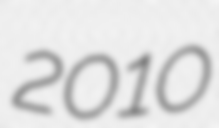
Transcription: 2010